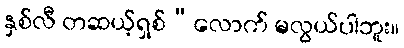
နှစ်လီ တဆယ့်ရှစ်”လောက် မလွယ်ပါဘူး။